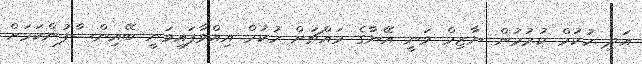
އަދި ހުކުމް ކުރުމުން ނާޒިމް ވަނީ އޭނާގެ މައްޗަށް ހުކުމް އިއްވާފައިވަނީ ބޭއިންސާފުންކަމަށް